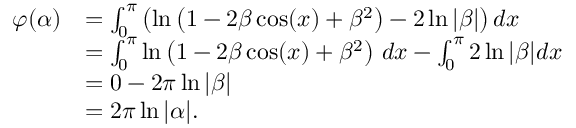
{ \begin{array} { r l } { \varphi ( \alpha ) } & { = \int _ { 0 } ^ { \pi } \left( \ln \left( 1 - 2 \beta \cos ( x ) + \beta ^ { 2 } \right) - 2 \ln | \beta | \right) d x } \\ & { = \int _ { 0 } ^ { \pi } \ln \left( 1 - 2 \beta \cos ( x ) + \beta ^ { 2 } \right) \, d x - \int _ { 0 } ^ { \pi } 2 \ln | \beta | d x } \\ & { = 0 - 2 \pi \ln | \beta | } \\ & { = 2 \pi \ln | \alpha | . } \end{array} }